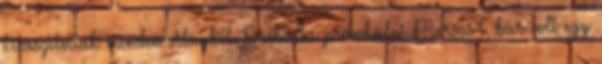
kitaszítottak minden világból. Próbálta provokálni Morsus-t, bár volt egy